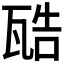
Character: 𤭚